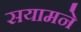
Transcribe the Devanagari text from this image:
सयामने